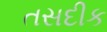
તસદીક